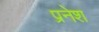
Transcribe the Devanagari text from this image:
प्रनेश